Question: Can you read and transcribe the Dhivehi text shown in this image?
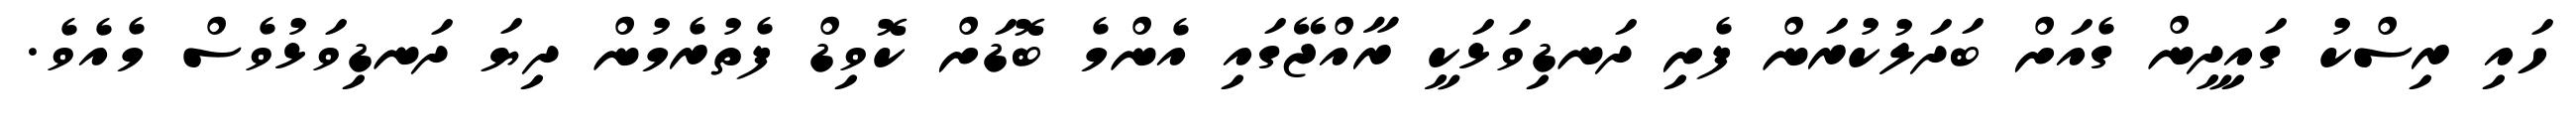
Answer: ހައި ރިސްކު ގައިދީން ގެއަށް ބަދަލުކުރަން ފެށި ދަނޑިވަޅަކީ ރާއްޖޭގައި އެންމެ ބޮޑަށް ކޮވިޑް ފެތުރެމުން ދިޔަ ދަނޑިވަޅުވެސް މެއެވެ.